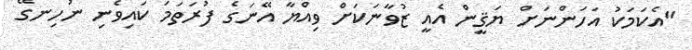
"އެކަމަކު އަހަންނަށް ޔަޤީން އެއީ ޒުވާނަކަށް ވިއްޔާ އޭނަގެ ފުރަތަމަ ކައިވެނި ނުހިނގޭ